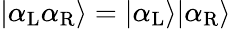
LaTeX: |\alpha_{\mathrm{L}}\alpha_{\mathrm{R}}\rangle=|\alpha_{\mathrm{L}}\rangle|\alpha_{\mathrm{R}}\rangle